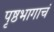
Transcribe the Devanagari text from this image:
पृष्ठभागाचं